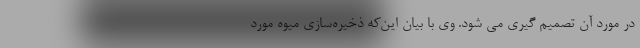
در مورد آن تصمیم گیری می شود. وی با بیان این‌که ذخیره‌سازی میوه مورد